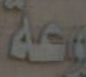
وحة